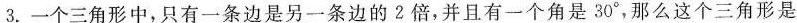
3.一个三角形中，只有一条边是另一条边的2倍，并且有一个角是30°，那么这个三角形是